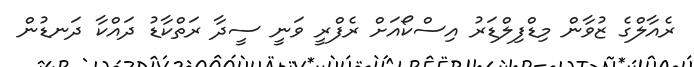
ރެއާލްގެ ޒުވާން މިޑްފިލްޑަރު އިސްކޯއަށް ރެފްރީ ވަނީ ސީދާ ރަތްކާޑު ދައްކާ ދަނޑުން